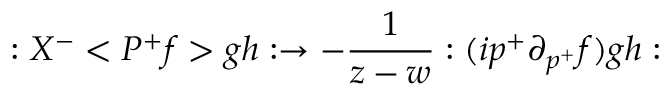
: X ^ { - } < P ^ { + } f > g h : \rightarrow - \frac 1 { z - w } : ( i p ^ { + } \partial _ { p ^ { + } } f ) g h :